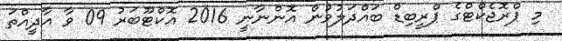
މި ޕްރޮޖެކްޓްގެ ޕްރީބިޑް ބައްދަލުވުން އޮންނާނީ 2016 އޮކްޓޫބަރު 09 ވާ އާދީއްތަ